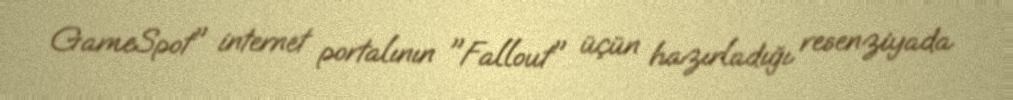
GameSpot" internet portalının "Fallout" üçün hazırladığı resenziyada